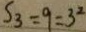
S _ { 3 } = 9 = 3 ^ { 2 }